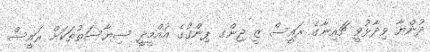
ދުންޔާ ވިދާޅުވީ ޗައިނާގެ ރައީސް ޒީ ޖިންގ ޕިންގުގެ އުއްމީދީ ސިޔާސަތުތަކަށް ރައީސް